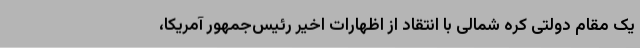
یک مقام دولتی کره شمالی با انتقاد از اظهارات اخیر رئیس‌جمهور آمریکا،